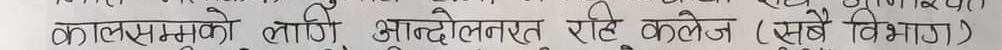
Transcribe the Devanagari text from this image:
कालक्रमको लागि आन्दोलनरत रहे कलेज (सबै विभाग)